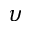
\boldsymbol { \upsilon }